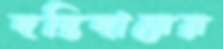
দস্তিদারের